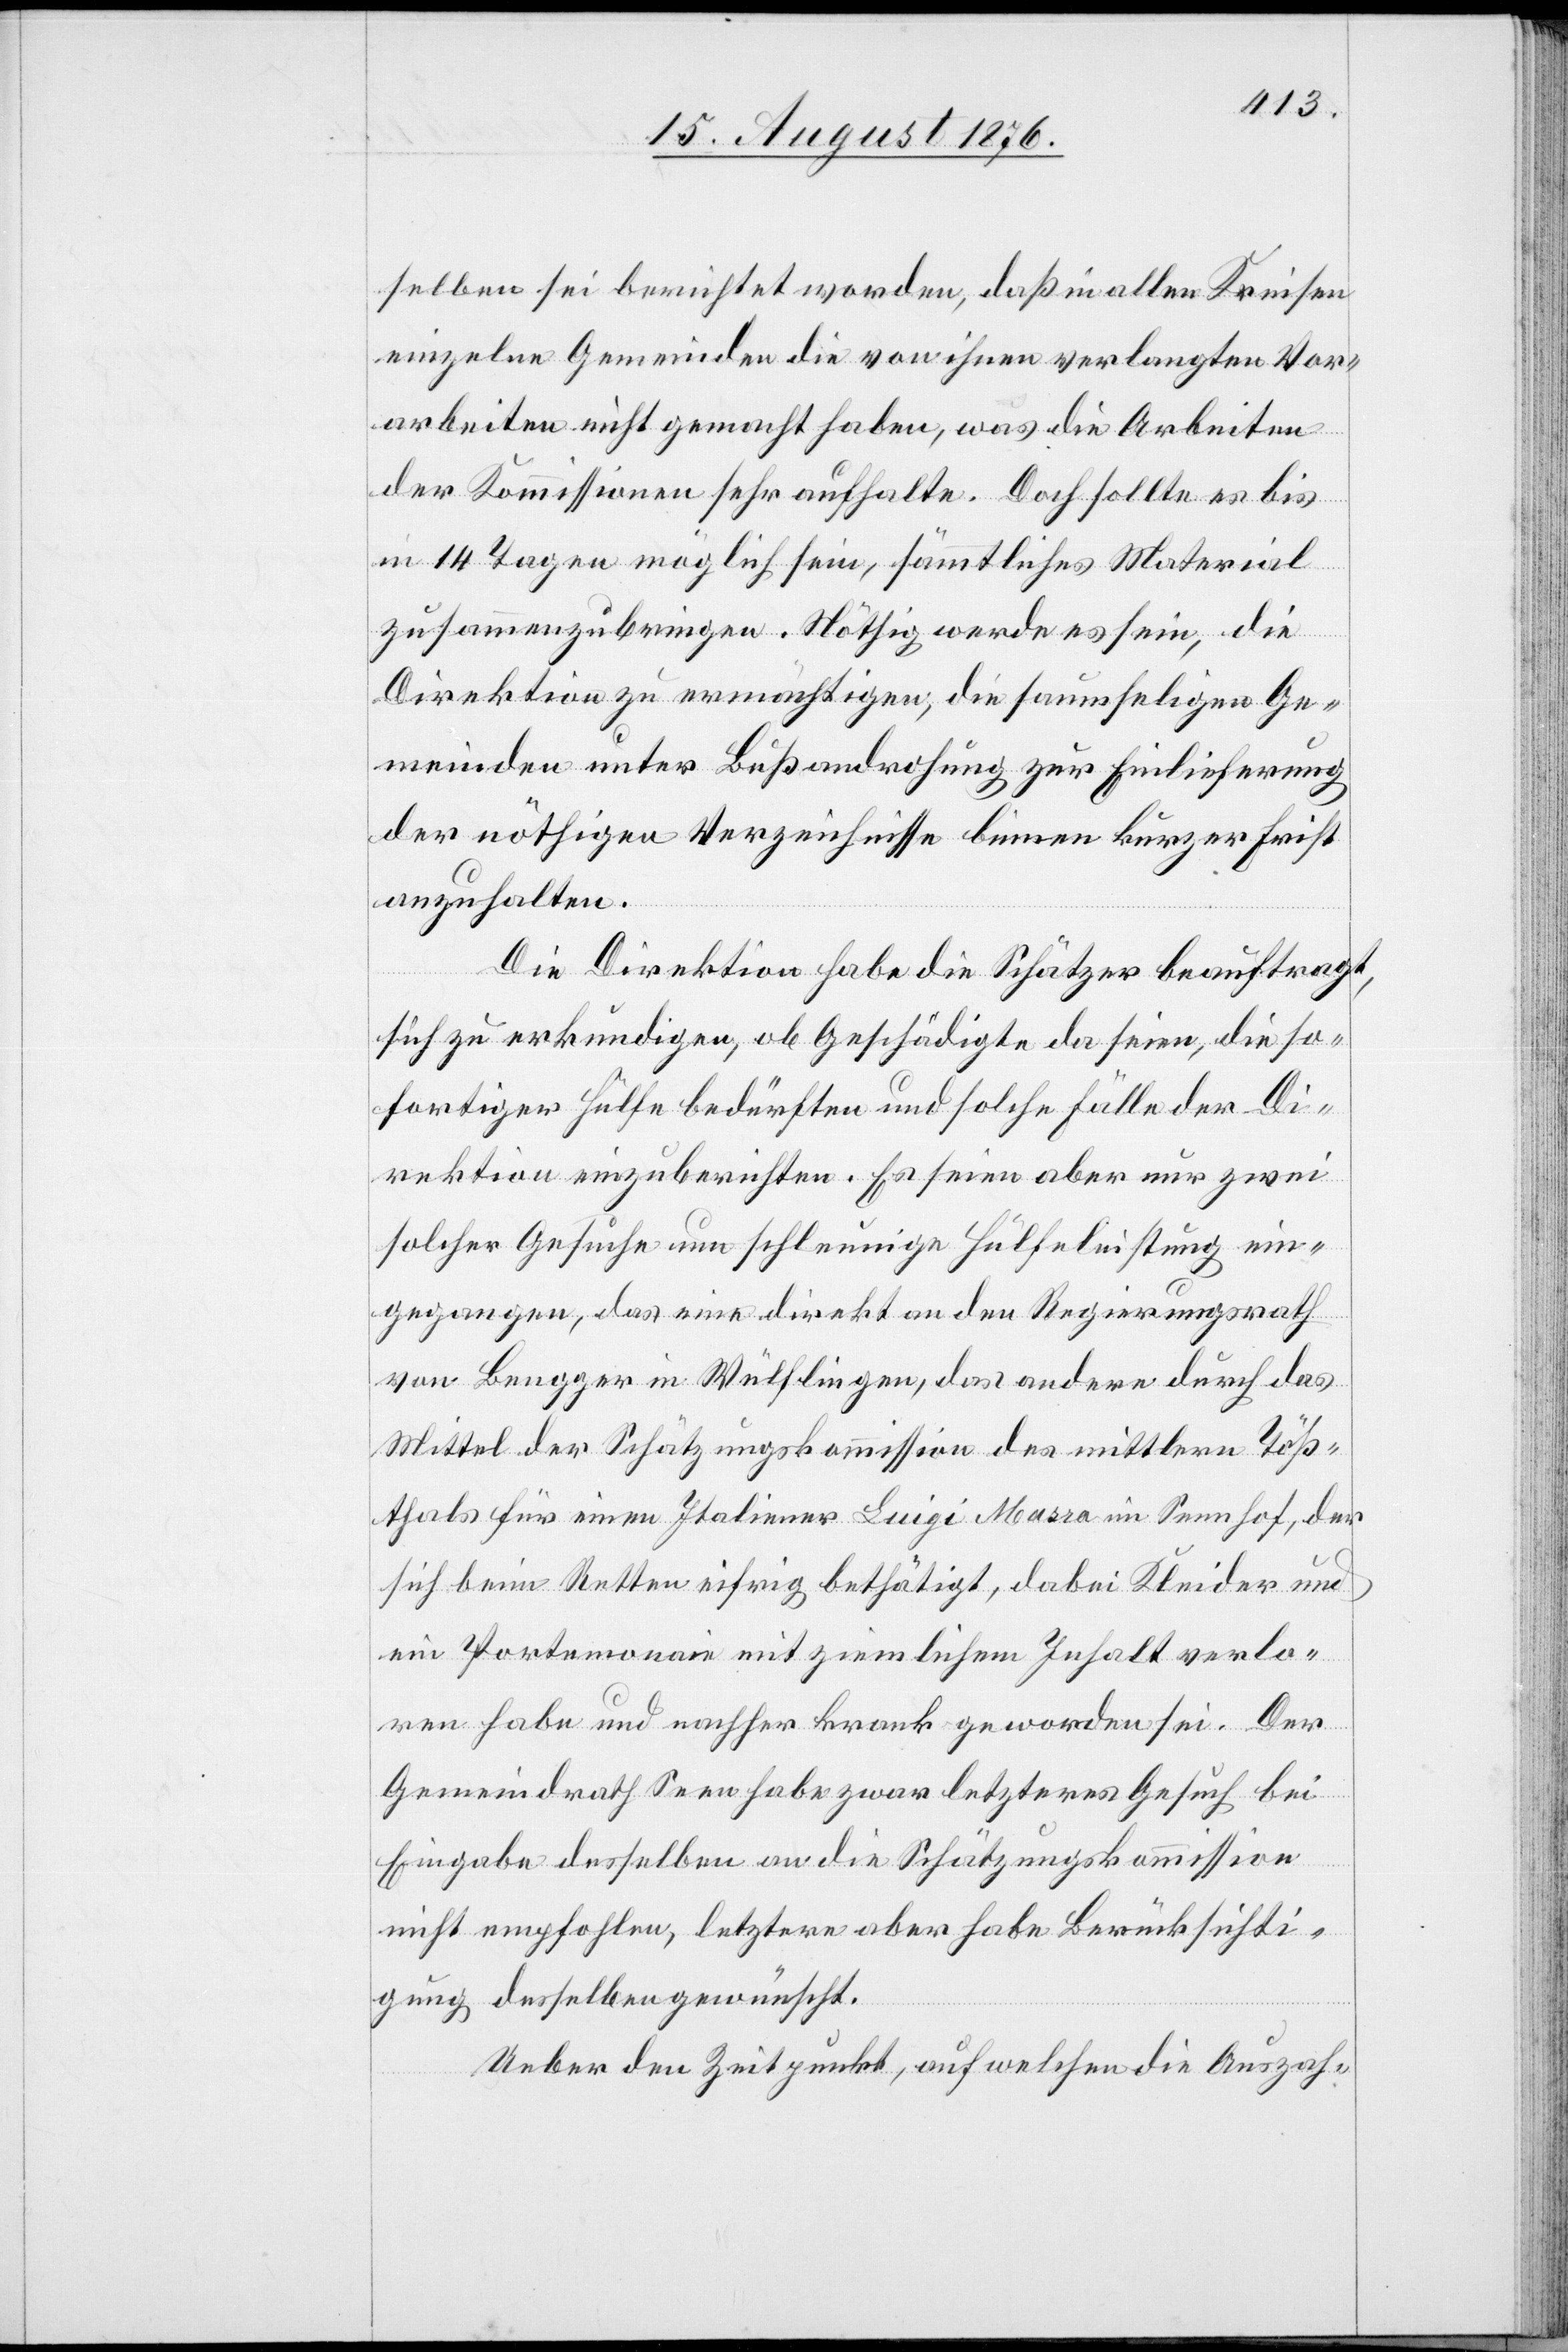
selben sei berichtet worden, daß in allen Kreisen
einzelne Gemeinden die von ihnen verlangten Vor¬
arbeiten nicht gemacht haben, was die Arbeiten
der Kommissionen sehr aufhalte. Doch sollte es bis
in 14 Tagen möglich sein, sämmtliches Material
zusammenzubringen. Nöthig werde es sein, die
Direktionen zu ermächtigen, die saumseligen Ge¬
meinden unter Bußandrohung zur Einlieferung
der nöthigen Verzeichnisse binnen kurzer Frist
anzuhalten.
Die Direktion habe die Schätzer beauftragt,
sich zu erkundigen, ob Geschädigte da seien, die so¬
fortiger Hülfe bedürften und solche Fälle der Di¬
rektion einzuberichten. Es seien aber nur zwei
solche Gesuche um schleunige Hülfeleistung ein¬
gegangen, das eine direkt an den Regierungsrath
von Beugger in Wülflingen, das andere durch das
Mittel der Schätzungskommission des mittlern Töß¬
thals für einen Italiener Luigi Mussa im Sennhof, der
sich beim Retten eifrig bethätigt, dabei Kleider und
ein Portemonaie mit ziemlichem Inhalt verlo¬
ren habe und nachher krank geworden sei. Der
Gemeindrath Seen habe zwar letzteres Gesuch bei
Eingabe desselben an die Schätzungskommission
nicht empfohlen, letztere aber habe Berücksichti¬
gung desselben gewünscht.
Ueber den Zeitpunkt, auf welchen die Auszah-